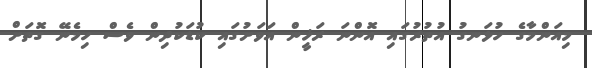
މިއަންމާގެ ހުޅަނގު އުތުރުގައި އޮންނަ ރަޚީން އަވަށުގައި ކުޑަކުދިން ވެސް ހިމެނޭ ގޮތަށް